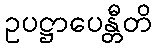
ဥပဋ္ဌာပေန္တီတိ